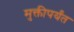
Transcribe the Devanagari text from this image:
मुक्तीपर्यंत